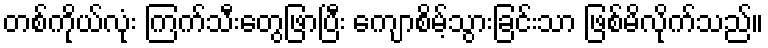
တစ်ကိုယ်လုံး ကြက်သီးတွေဖြာပြီး ကျောစိမ့်သွားခြင်းသာ ဖြစ်မိလိုက်သည်။